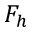
F _ { h }